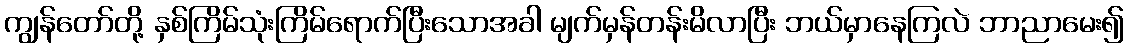
ကျွန်တော်တို့ နှစ်ကြိမ်သုံးကြိမ်ရောက်ပြီးသောအခါ မျက်မှန်တန်းမိလာပြီး ဘယ်မှာနေကြလဲ ဘာညာမေး၍